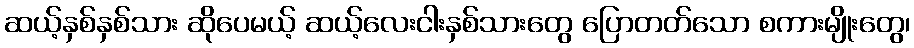
ဆယ့်နှစ်နှစ်သား ဆိုပေမယ့် ဆယ့်လေးငါးနှစ်သားတွေ ပြောတတ်သော စကားမျိုးတွေ၊